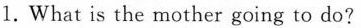
1.What is the mother going to do?